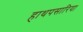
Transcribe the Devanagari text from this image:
हाथपसारिया